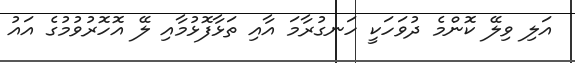
އަލި ވިލޭ ކޮންމެ ދުވަހަކީ ހަނގުރާމަ އާއި ތަޅާފޮޅުމާއި ލޭ އޮހޮރުވުމުގެ އައު